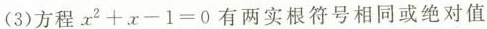
(3)方程$$x^{2}+x-1=0$$有两实根符号相同或绝对值